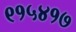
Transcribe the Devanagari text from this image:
९१५४१७